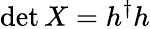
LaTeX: \operatorname*{det}X=h^{\dagger}h